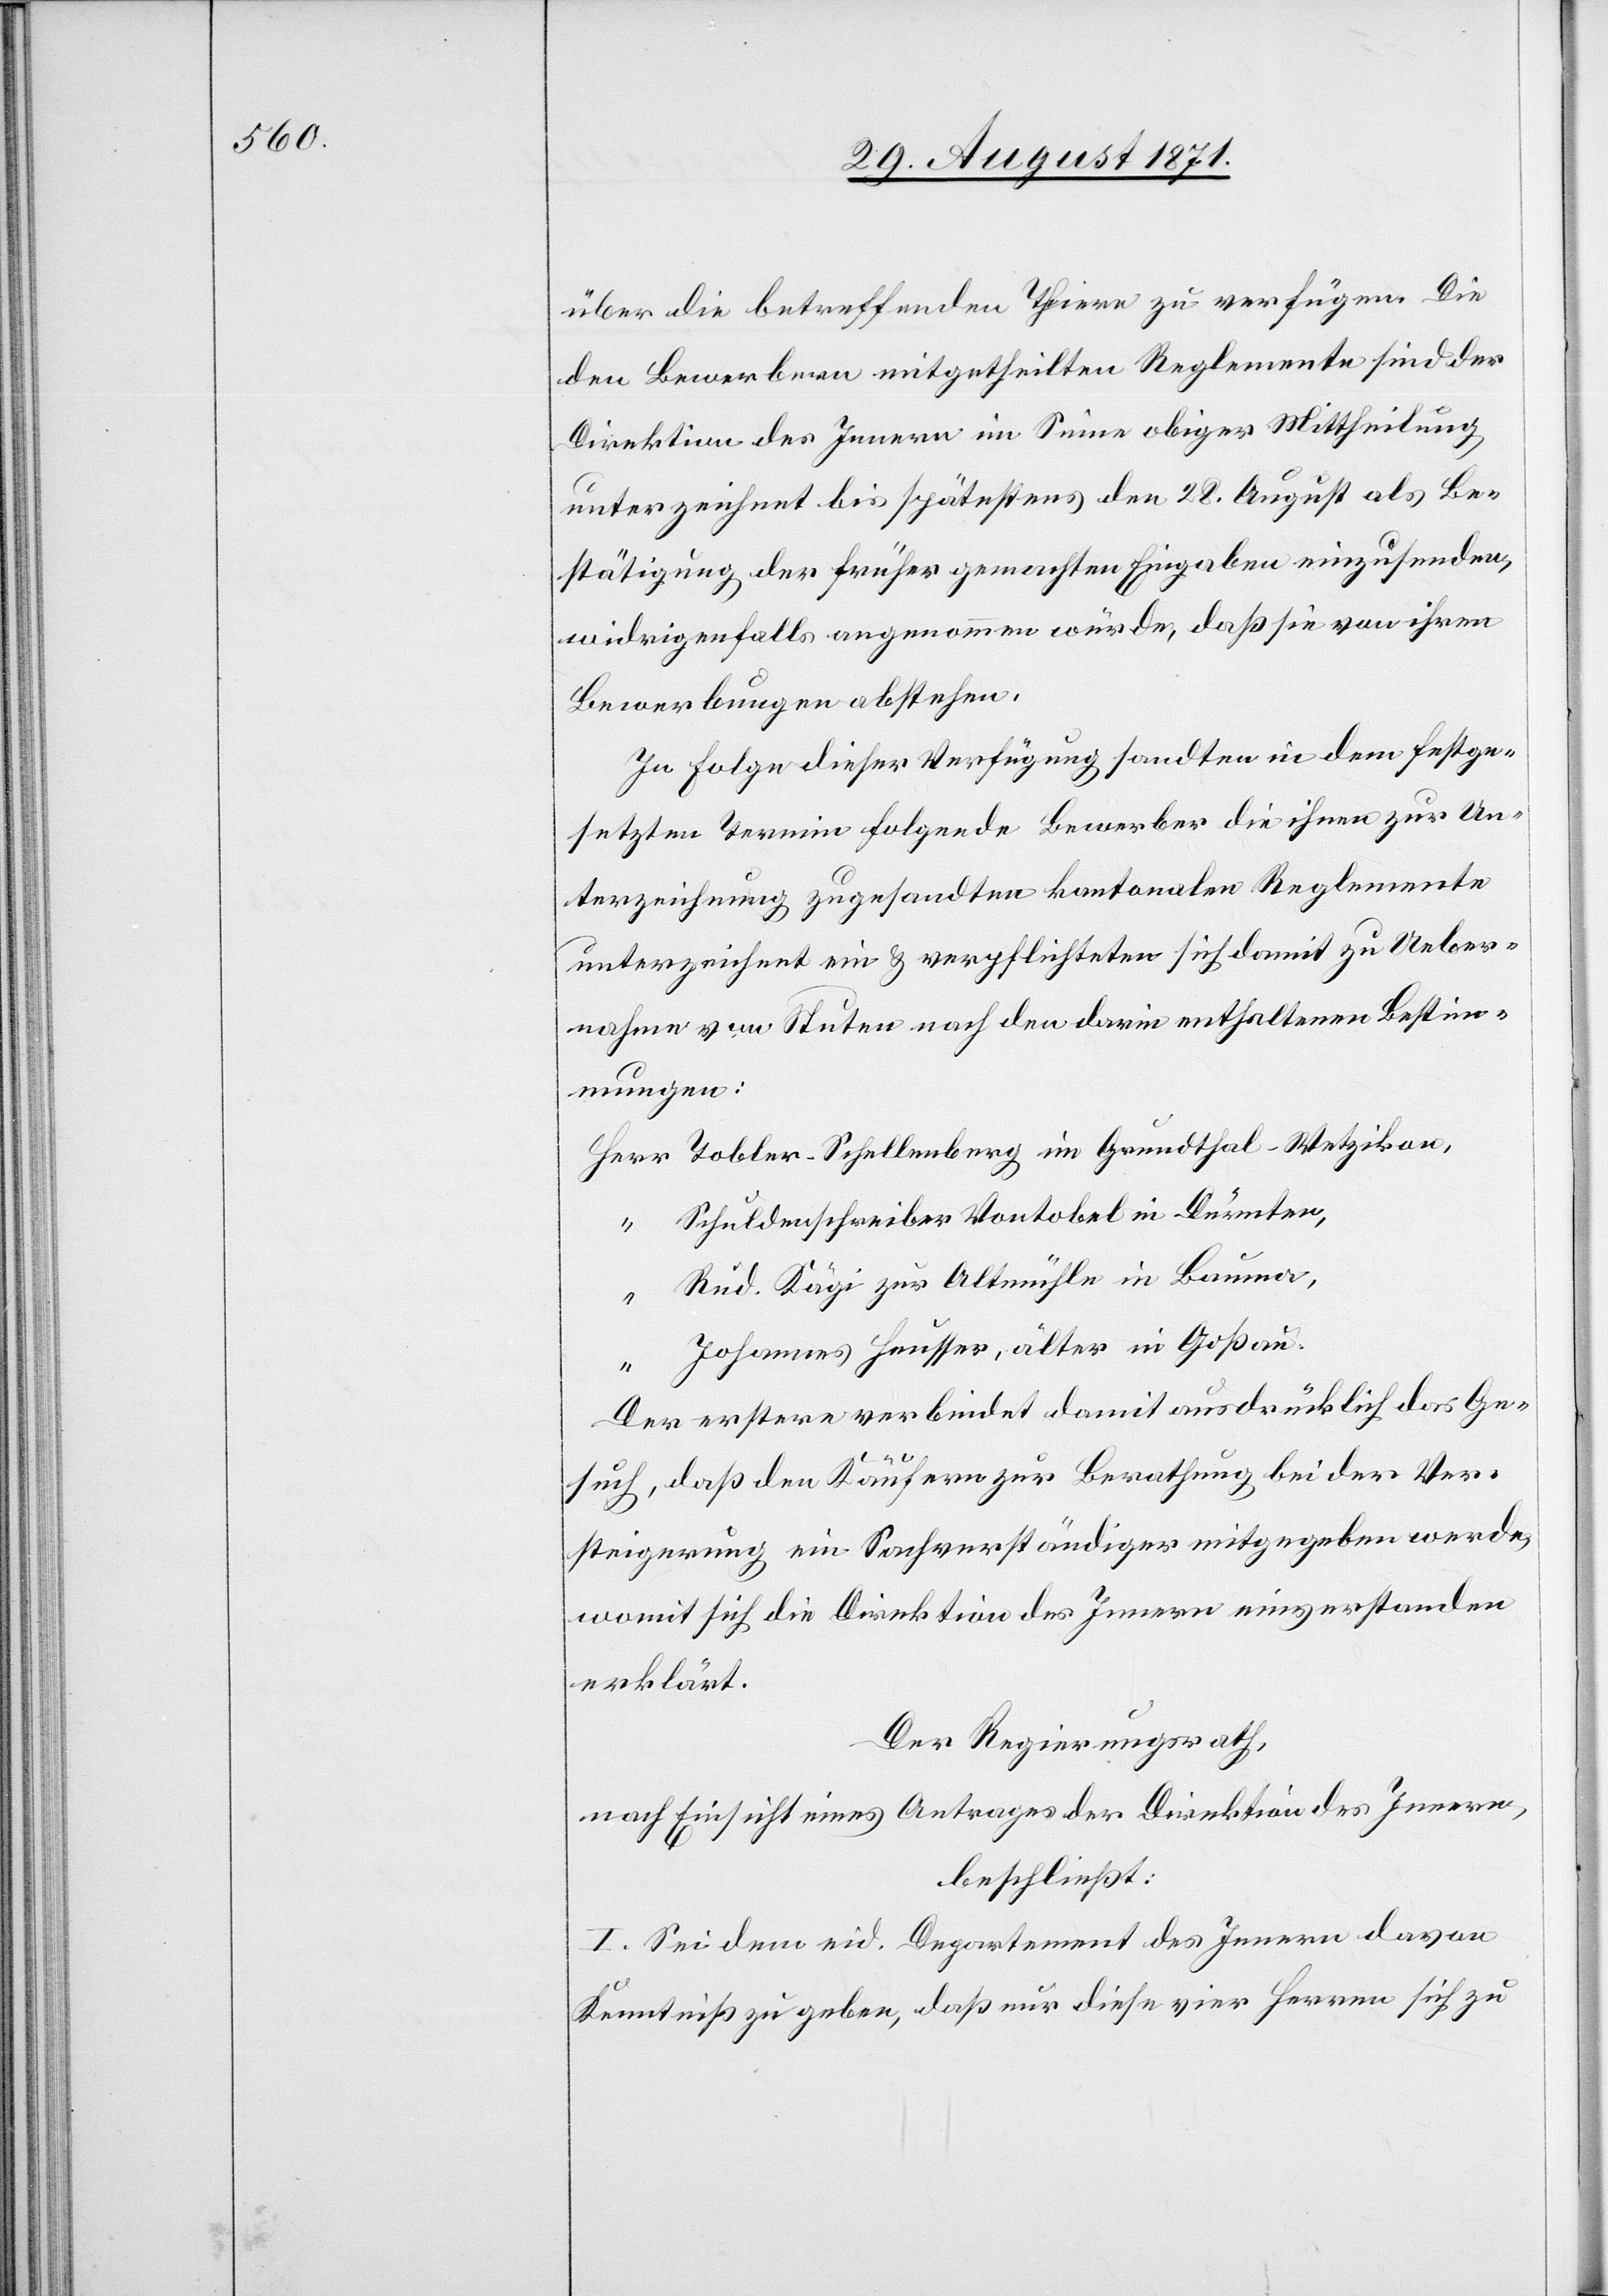
den Bewerbern mitgetheilten Reglemente sind der
Direktion des Innern im Sinne obiger Mittheilung
unterzeichnet bis spätestens den 28. August als Be¬
stätigung der früher gemachten Eingaben einzusenden,
widrigenfalls angenommen würde, daß sie von ihren
Bewerbungen abstehen.
In Folge dieser Verfügung sandten in dem festge¬
setzten Termin folgende Bewerber die ihnen zur Un¬
terzeichnung zugesandten kantonalen Reglemente
unterzeichnet ein & verpflichteten sich damit zu Ueber¬
nahme von Stuten nach den darin enthaltenen Bestim¬
mungen:
Schuldenschreiber Vontobel in Dürnten
Rud. Kägi zur Altmühle in Bauma
“
Johannes Hausser, älter in Goßau
Herr
Der erstere verbindet damit ausdrücklich das Ge¬
such, daß den Käufern zur Berathung bei der Ver¬
steigerung ein Sachverständiger mitgegeben werde,
womit sich die Direktion des Innern einverstanden
erklärt.
Der Regierungsrath,
nach Einsicht eines Antrages der Direktion des Innern,
beschließt:
I. Sei dem eid. Departement des Innern davon
Kenntniß zu geben, daß nur diese vier Herren sich zu